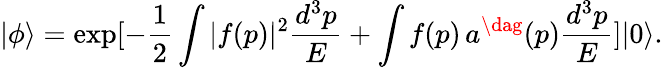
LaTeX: |\phi\rangle=\exp[-\frac{1}{2}\int|f(p)|^{2}\frac{d^{3}p}{E}+\int f(p)\, a^{\dag}(p)\frac{d^{3}p}{E}]|0\rangle.